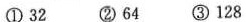
①32 ②64③128